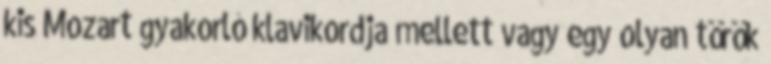
kis Mozart gyakorló klavikordja mellett vagy egy olyan török